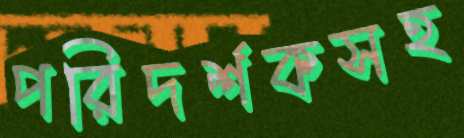
পরিদর্শকসহ